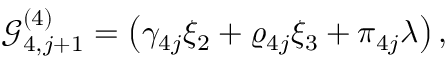
\mathcal { G } _ { 4 , j + 1 } ^ { ( 4 ) } = \left( \gamma _ { 4 j } \xi _ { 2 } + \varrho _ { 4 j } \xi _ { 3 } + \pi _ { 4 j } \lambda \right) ,